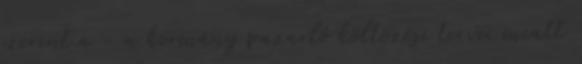
szerint a - a kormány pazarló költözési tervei miatt